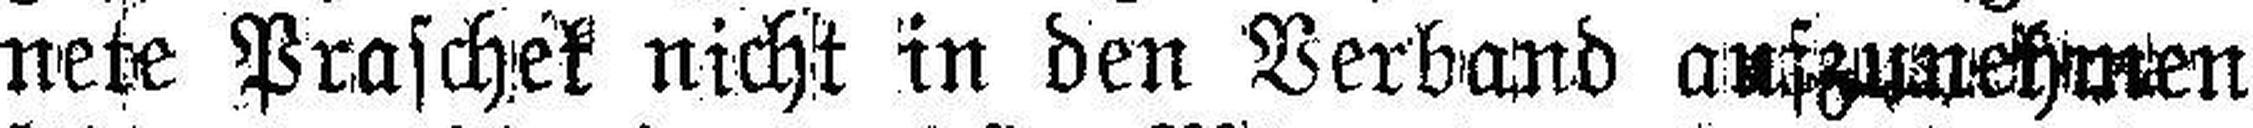
nete Praschek nicht in den Verband aufzunehmen